Reserve and Auxiliary Forces (Consequential Provisions) Order 1939. Military Training (Consequential Provisions) Order 1939, 1939
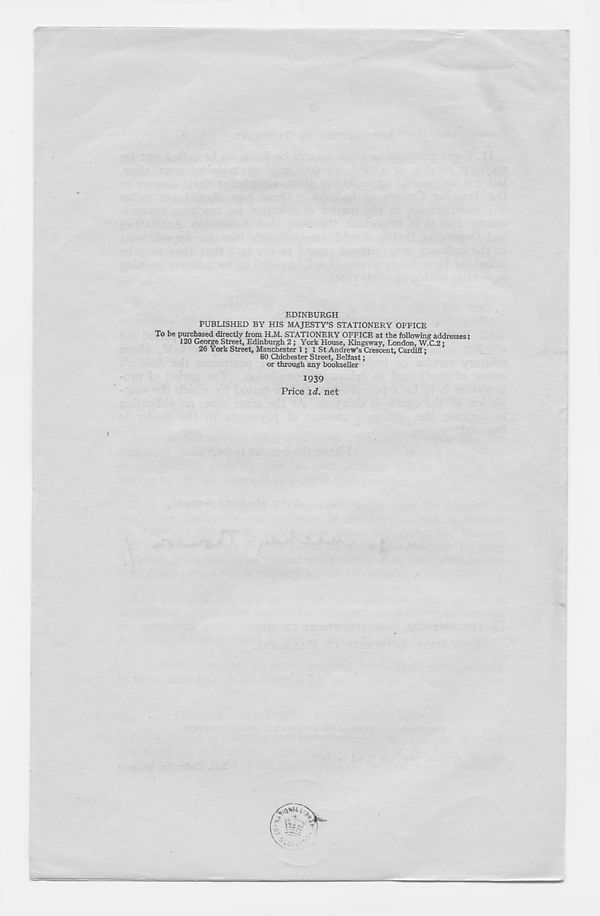
EDINBURGH
PUBLISHED BY HIS MAJESTY’S STATIONERY OFFICE
To be purchased directly from H.M. STATIONERY OFFICE at the following addresses:
120 George Street, Edinburgh 2 ; York House, Kingsway, London, W.C.2:
26 York Street, Manchester 1 ; 1 St Andrew’s Crescent, Cardiff:
80 Chichester Street, Belfast;
or through any bookseller
1939
Price id. net